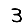
Digit: 3